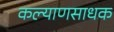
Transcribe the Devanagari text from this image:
कल्याणसाधक